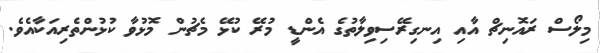
މިލޯސް ރައޮނިޗް އާއި އިނގިރޭސިވިލާތުގެ އެންޑީ މުރޭ ކުޅޭ މެޗުން މޮޅުވާ ކުޅުންތެރިއަކާއެވެ.